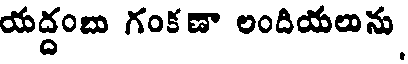
యద్దంబు గంకణా లందియలును